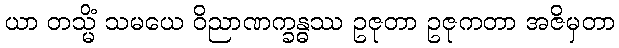
ယာ တသ္မိံ သမယေ ဝိညာဏက္ခန္ဓဿ ဥဇုတာ ဥဇုကတာ အဇိမှတာ